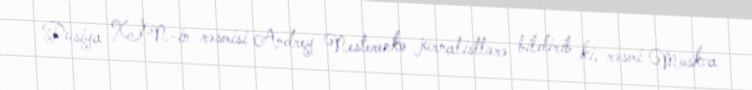
Rusiya XİN-in rəsmisi Andrey Nesterenko jurnalistlərə bildirib ki, rəsmi Moskva